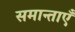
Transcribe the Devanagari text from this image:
समान्ताएँ